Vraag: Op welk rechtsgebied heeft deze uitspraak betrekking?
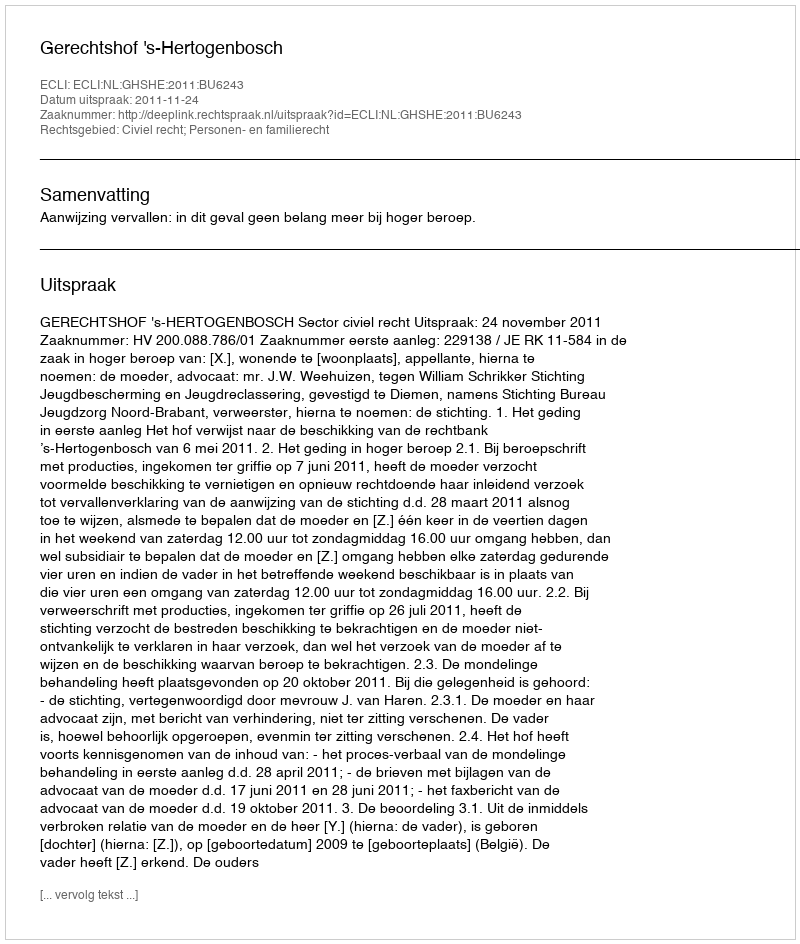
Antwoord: Civiel recht; Personen- en familierecht